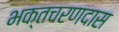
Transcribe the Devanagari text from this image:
भक्तचरणदास